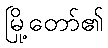
မြို့တော်၏